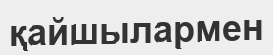
қайшылармен